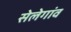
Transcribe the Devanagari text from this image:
सेलेगांव